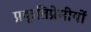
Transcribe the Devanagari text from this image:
प्रकृतिप्रेमीयों